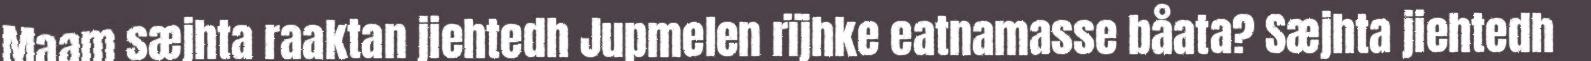
Maam sæjhta raaktan jiehtedh Jupmelen rïjhke eatnamasse båata? Sæjhta jiehtedh